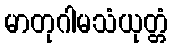
မာတုဂါမသံယုတ္တံ